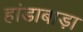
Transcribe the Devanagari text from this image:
हांडाबाड़ा